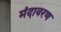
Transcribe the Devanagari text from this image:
मंदावरण